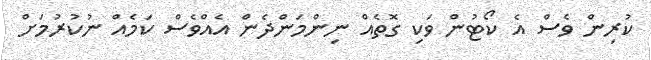
ކުރިން ވެސް އެ ކޯޓުން ވަކި ގޮތެއް ނިންމަންދެން އެއްވެސް ކަމެއް ނުކުރުމަށް